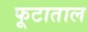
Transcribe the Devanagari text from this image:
फूटाताल